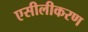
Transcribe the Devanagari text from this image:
एसीलीकरण